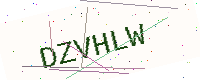
Text: DZVHLW